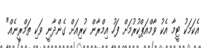
އެކަމަކު ޓީމާ އެކު ވާމްއަޕްކުރުމަށް ފަހު އިމްރާން ކުރިއަށް ގެންދާނީ ވަކި ތަމްރީނެއް"